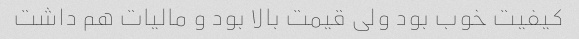
کیفیت خوب بود ولی قیمت بالا بود و مالیات هم داشت